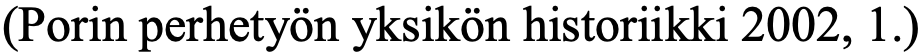
(Porin perhetyön yksikön historiikki 2002, 1.)